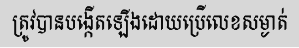
ត្រូវបានបង្កើតឡើងដោយប្រើលេខសម្ងាត់